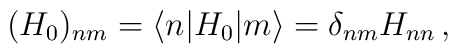
(H_0)_{nm}= \langle n | H_0 | m \rangle = \delta_{nm} H_{nn} \, ,